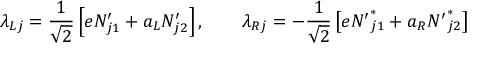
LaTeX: \lambda _ { L j } = { \frac { 1 } { \sqrt { 2 } } } \left[ e N _ { j 1 } ^ { \prime } + a _ { L } N _ { j 2 } ^ { \prime } \right] , \qquad \lambda _ { R j } = - { \frac { 1 } { \sqrt { 2 } } } \left[ e { N ^ { \prime } } _ { j 1 } ^ { * } + a _ { R } { N ^ { \prime } } _ { j 2 } ^ { * } \right]